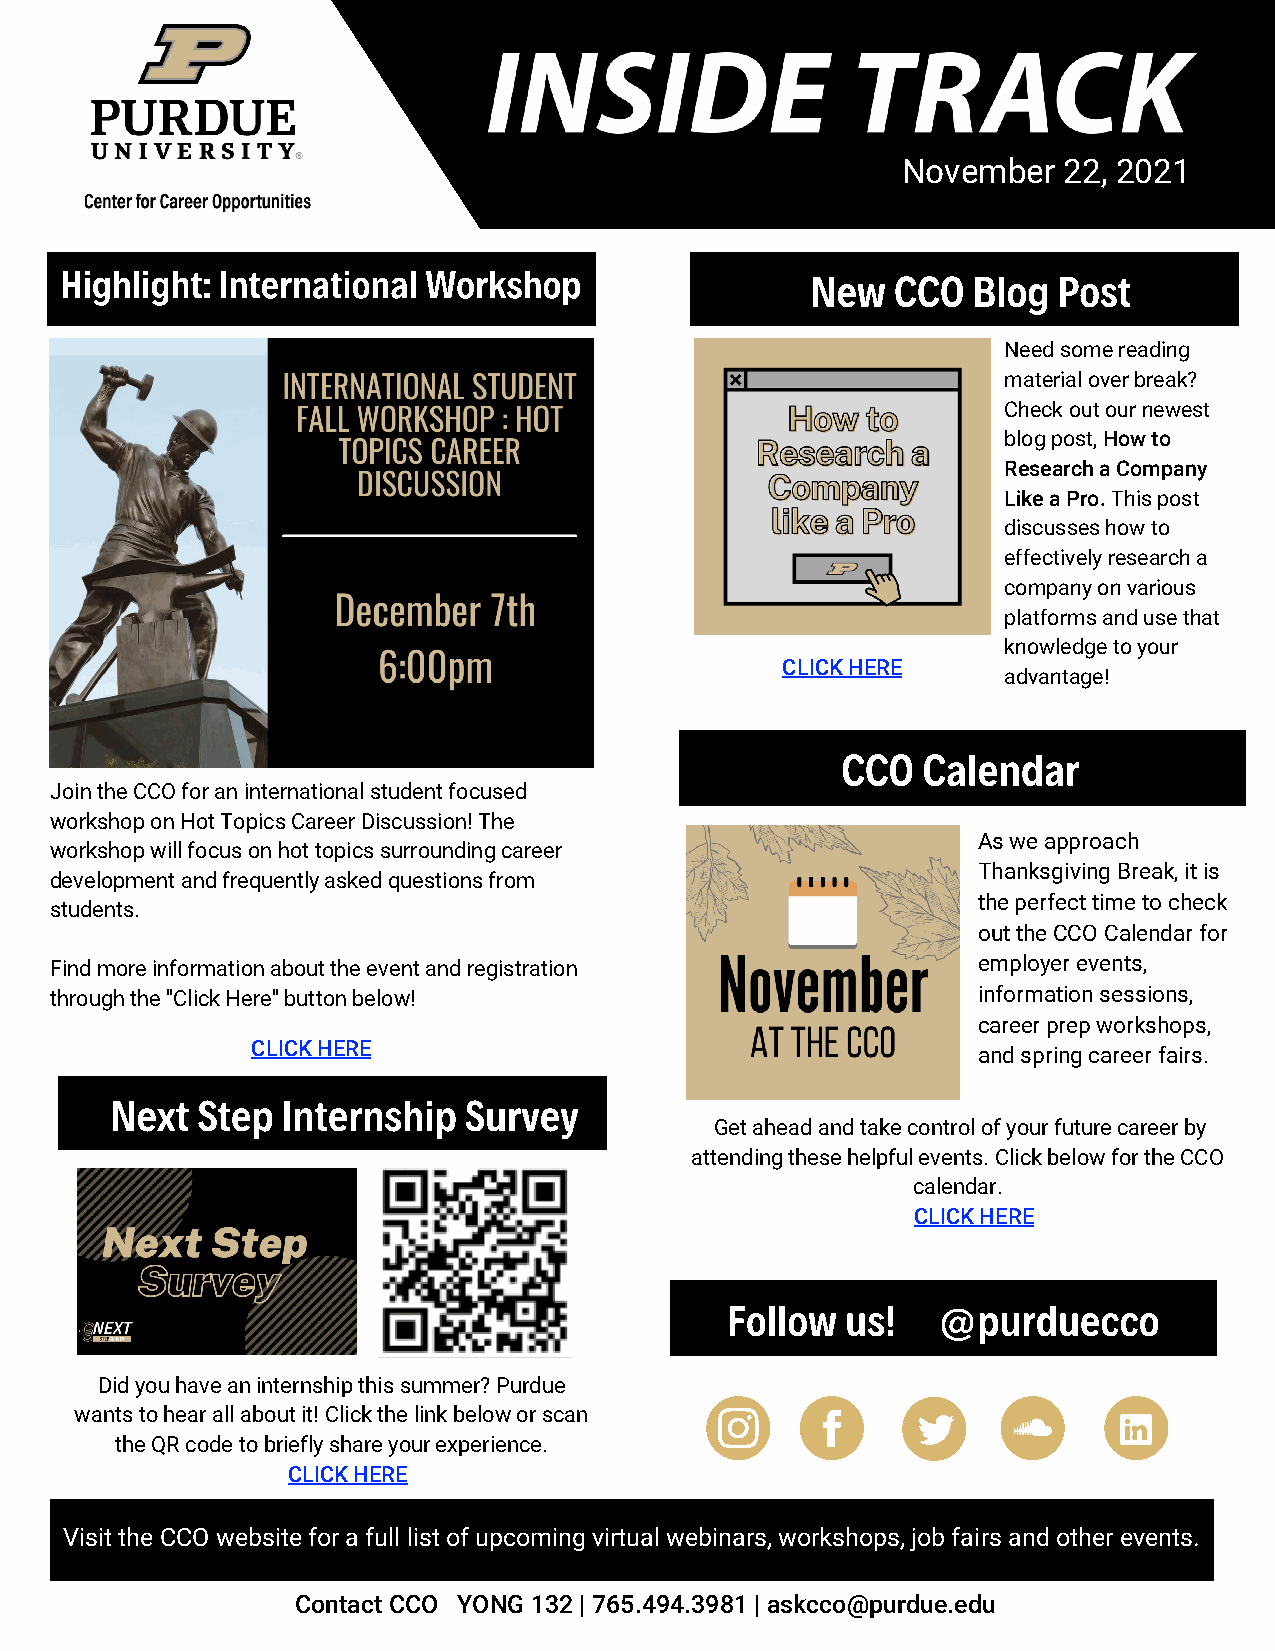
November  22, 2021
 Highlight: International Workshop                 New  CCO  Blog  Post
 Need some reading
 material over break?
 Check out our newest
 blog post, How to
 Research a Company
 Like a Pro. This post
 discusses how to
 effectively research a
 company on various
 platforms and use that
 knowledge to your
 CLICK HERE
 advantage!
 CCO  Calendar
 Join the CCO for an international student focused
 workshop on Hot Topics Career Discussion! The
 As we approach
 workshop will focus on hot topics surrounding career
 Thanksgiving Break, it is
 development and frequently asked questions from
 the perfect time to check
 students.
 out the CCO Calendar for
 Find more information about the event and registration        employer events,
 through the "Click Here" button below!                        information sessions,
 career prep workshops,
 CLICK HERE
 and spring career fairs.
 Next  Step  Internship  Survey
 Get ahead and take control of your future career by
 attending these helpful events. Click below for the CCO
 calendar.
 CLICK HERE
 Follow  us!   @purduecco
 Did you have an internship this summer? Purdue
 wants to hear all about it! Click the link below or scan
 the QR code to briefly share your experience.
 CLICK HERE
 Visit the CCO website for a full list of upcoming virtual webinars, workshops, job fairs and other events.
 Contact CCO YONG 132 | 765.494.3981 | askcco@purdue.edu